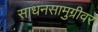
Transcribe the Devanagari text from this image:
साधनसामुग्रीवर